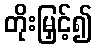
တိုးမြှင့်၍